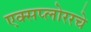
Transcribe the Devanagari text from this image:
एक्सप्लोररचे